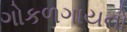
ગોકળગાયનો